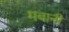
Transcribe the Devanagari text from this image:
मबानी